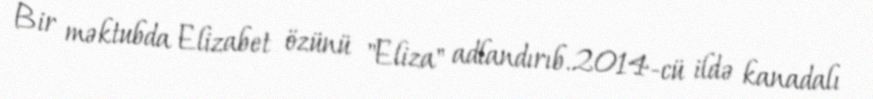
Bir məktubda Elizabet özünü "Eliza" adlandırıb.2014-cü ildə kanadalı